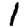
Digit: 1